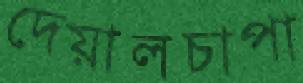
দেয়ালচাপা